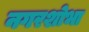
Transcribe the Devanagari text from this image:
नगरशोभा